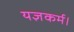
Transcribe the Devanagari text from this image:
यज्ञकर्म।